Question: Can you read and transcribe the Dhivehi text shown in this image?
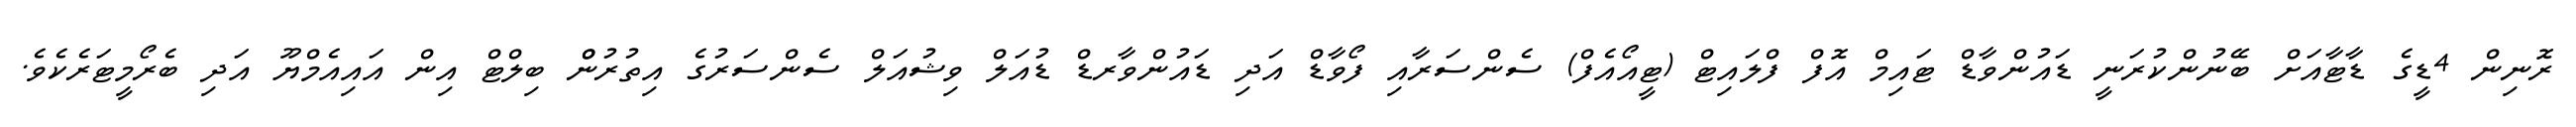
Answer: ރޮނިން 4ޑީގެ ޑާޓާއަށް ބޭނުންކުރަނީ ޑައުންވާޑް ޓައިމް އޮފް ފްލައިޓް (ޓީއޯއެފް) ސެންސަރާއި ފޯވާޑް އަދި ޑައުންވާރޑް ޑުއަލް ވިޝުއަލް ސެންސަރުގެ އިތުރުންް ބިލްޓް އިން އައިއެމްޔޫ އަދި ބެރޯމީޓަރެކެވެ.